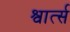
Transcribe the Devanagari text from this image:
श्वार्त्स